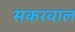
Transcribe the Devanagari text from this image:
सकरवाल